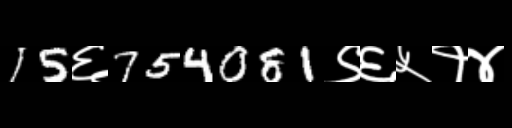
Text: 15६754081९६५१४